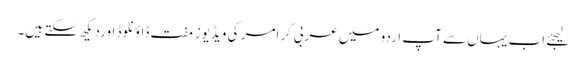
لیجئے اب یہاں سے آپ اردو میں عربی گرامر کی ویڈیوز مفت ڈاؤنلوڈ اوردیکھ سکتے ہیں۔